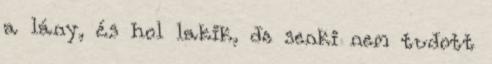
a lány, és hol lakik, de senki nem tudott